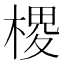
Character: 㮨